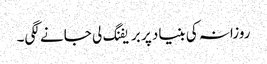
روزانہ کی بنیاد پر بریفنگ لی جانے لگی۔